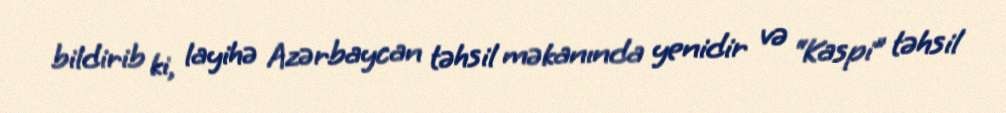
bildirib ki, layihə Azərbaycan təhsil məkanında yenidir və “Kaspi” təhsil